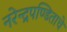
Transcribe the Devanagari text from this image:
नरेन्द्रपण्डिताचे